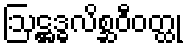
ဩဋ္ဌဒ္ဓလိစ္ဆဝီဝတ္ထု